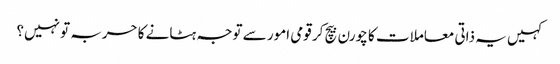
کہیں یہ ذاتی معاملات کا چورن بیچ کر قومی امور سے توجہ ہٹانے کا حربہ تو نہیں؟